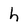
Character: h